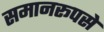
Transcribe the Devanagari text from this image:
समानरूपसे